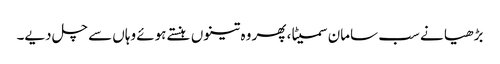
بڑھیا نے سب سامان سمیٹا، پھر وہ تینوں ہنستے ہوئے وہاں سے چل دیے۔